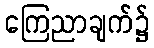
ကြေညာချက်၌